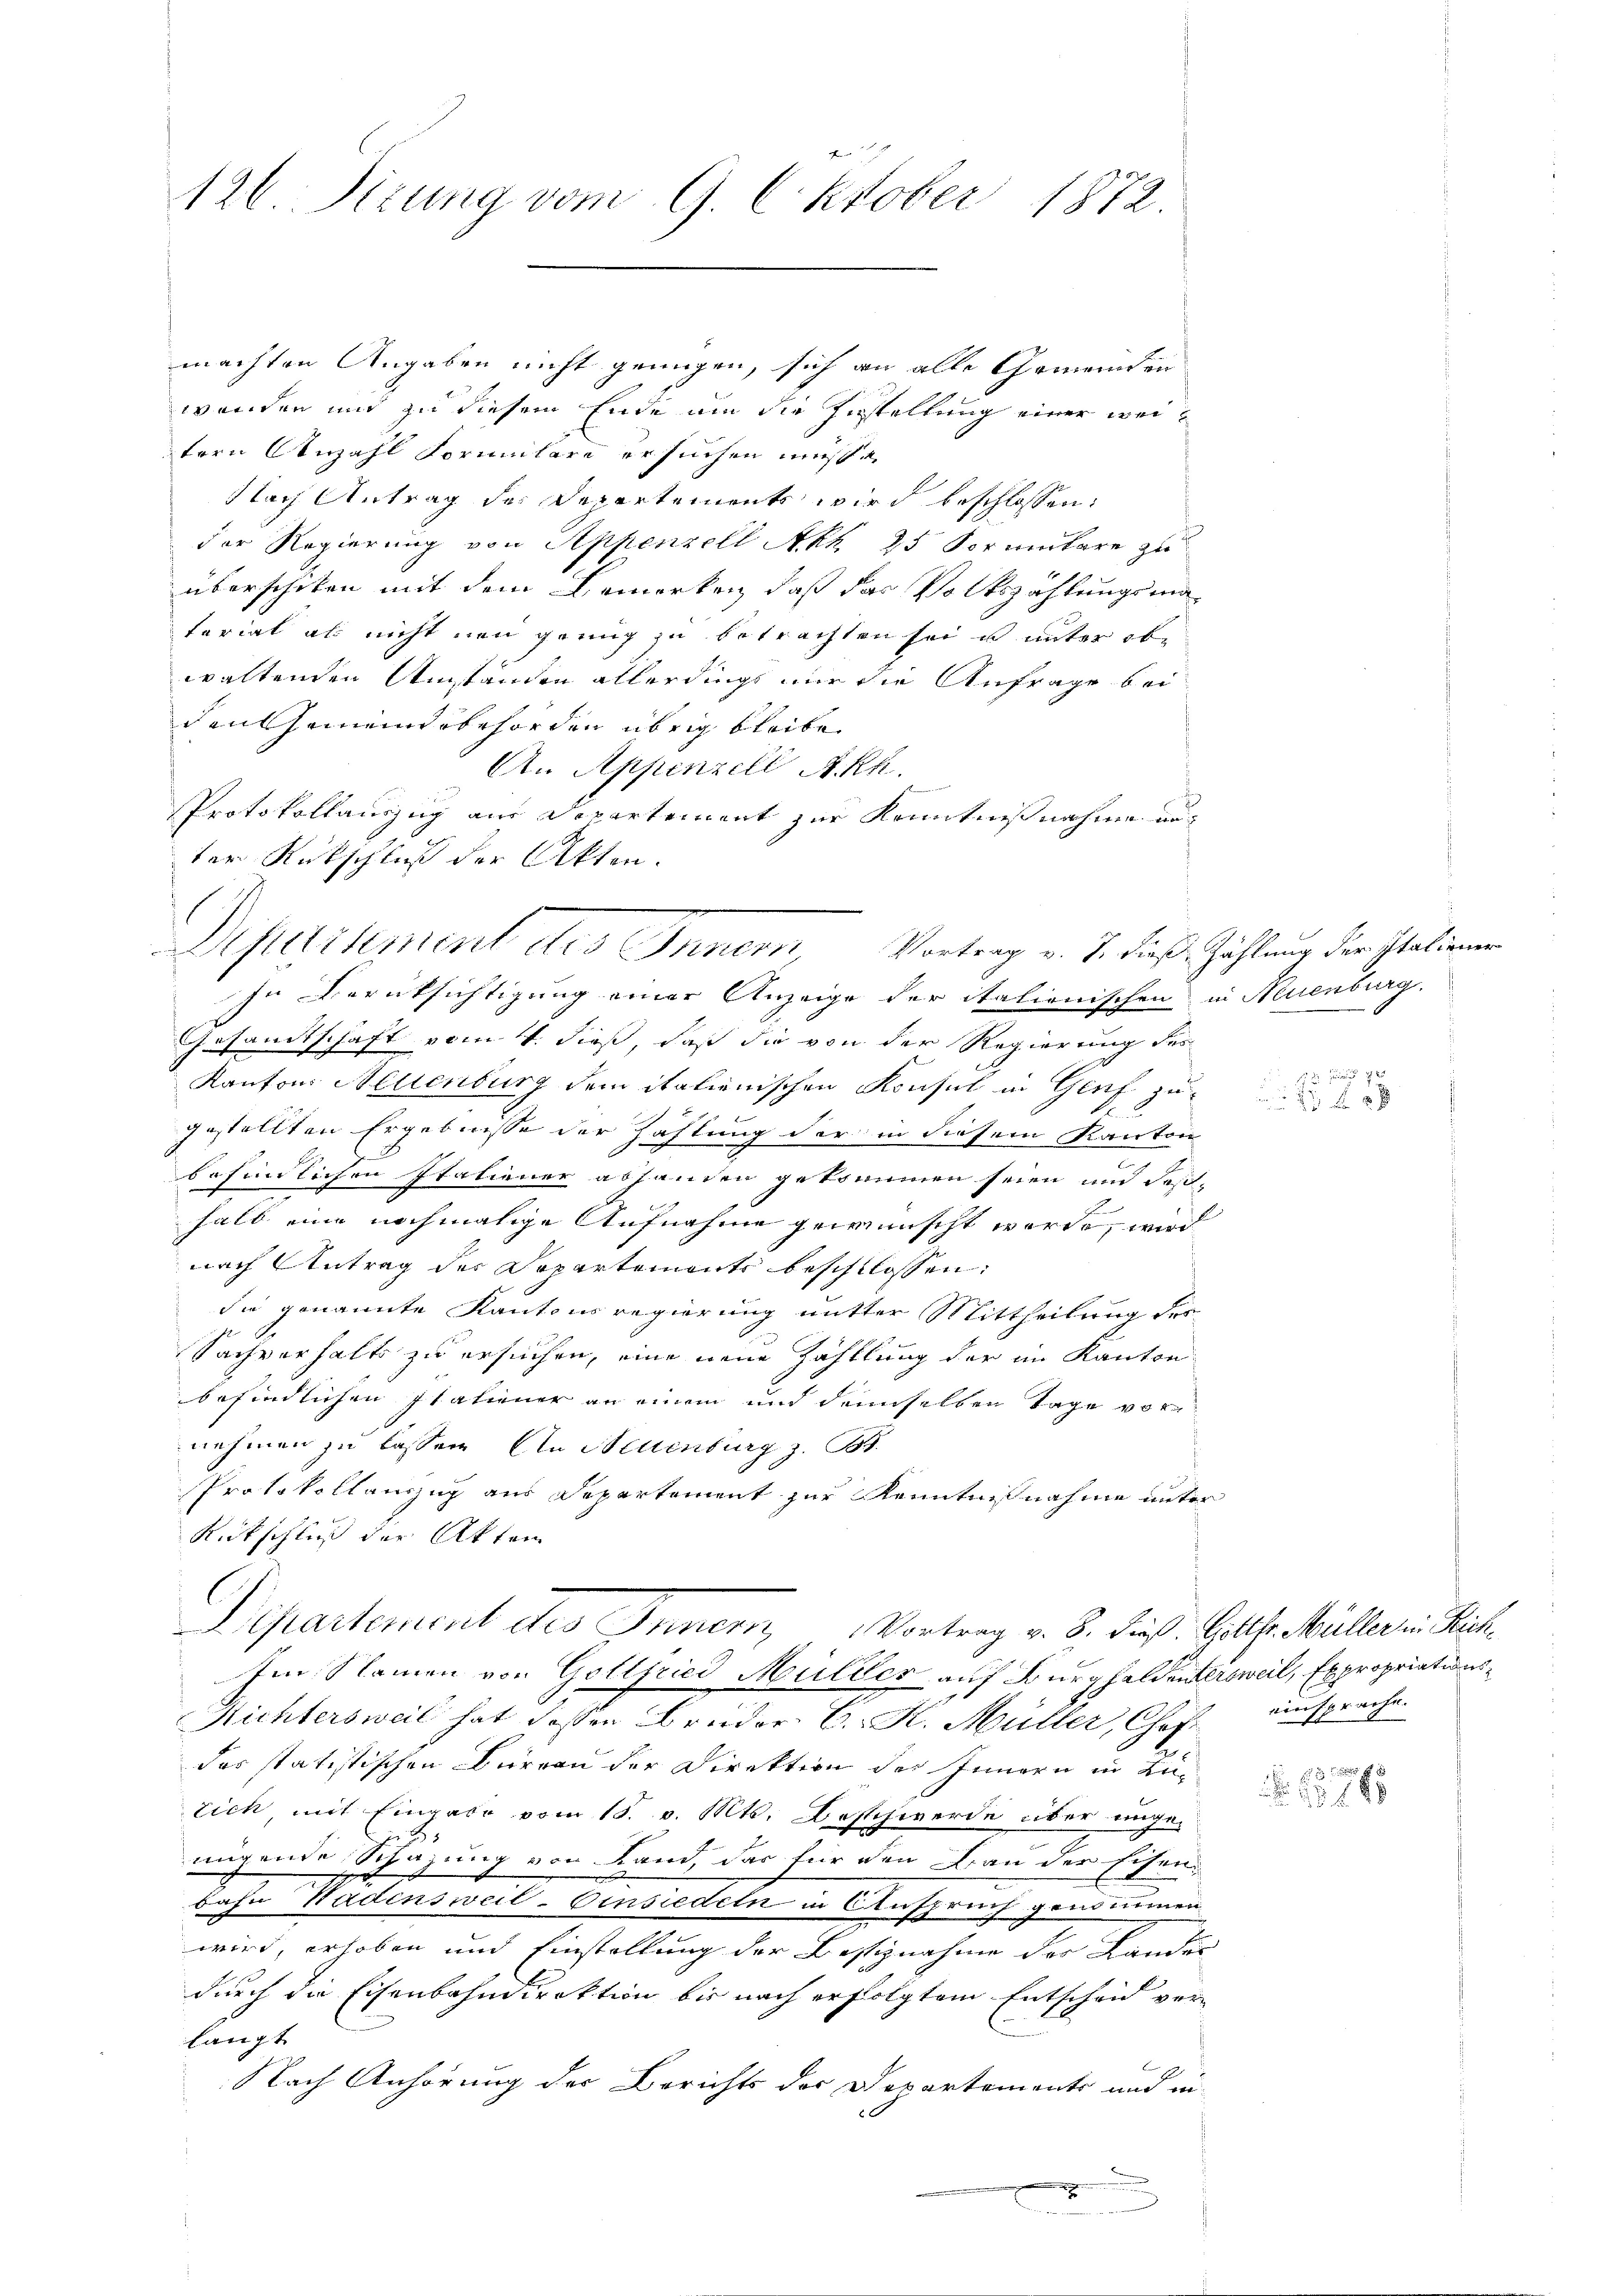
126. Sizung vom 9. Oktober 1872.

machten Angaben nicht genügen, sich an alle Gemeinden
wenden und zu diesem Ende um die Zustellung einer weitern Anzahl Formulare ersuchen müsse.
Nach Antrag des Departements wird beschlossen:
der Regierung von Appenzell Akh 25 Vormitare zu
überschiken mit dem Bemerken, daß das Volkszählungsmatariat als nicht nun genug zu betrachten sei u unter obe
waltenden Umständen allerdings nur die Anfrage bei
den Gemeindebehörden übrig bleibe
An Appenzell A.Rh.
m
s
Protokollauszug aus Departement zur Kenntnißnahme auf
ter Rückschluß der Akten.
In Berüksichtigung einer Anzeige der italienischen in Neuenburg.
Gesandtschaft vom 4. dieß, daß die von der Regierung des
Kantons Aellenburg dem italienischen Konsul in Genf zugestellten Ergebnisse der Zahlung der in diesem Kanton
rfindlichen Etationer abhanden gekommen seien und des
halb eine nochmalige Aufnahme gewünscht worde, wird
nach Antrag der Departemente beschlossen:
Sie genannte Kantonsregierung mitter Mittheilung des
Sachverhalts zu ersuchen, eine neue Zähllung der im Kanton
befindlichen Italiener an einem und demselben Tage vor
nehmen zu lassen An Stellenburg z. B.
Protokollauszug aus Departement zur Kenntnißnahme unter
Rückschluß der Akten
Pgeartement der Mauer
Vortrag v. 8. dieß. Gottfr. Müller in Rich¬
Im Namen von Gollfried Müller auf Burghaldentersweil, Expropriations¬
Richtersweil hat deßen Brüder C. R. Müller, Chef einsprache.
das statistischen Büreau der Direktion des Innern in Lutich mit Eingabe vom 18. v. Mts. Beschwerde über unge-
migende Schazung von Land, das für den Bau der Eisene
bahn Wadensweil–Einsiedeln in Anspruch genommen
wird, erhoben und Einstellung der Bestiznahme der Landes |
durch die Eisenbahndirektion bis nach erfolgtem Entscheid verlangt
Nach Anhörung der Berichts der Departements und in-
 . . .

Deparament des Inner Vortrag v. J. dieß Zählung der Italienen

113. Juni 18
 x 2 x

E
 188